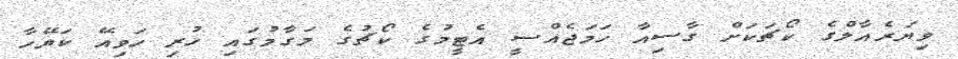
ވިޔަރެއާލްގެ ކޯޗަކަށް ގާސިއާ ހަމަޖެއްސީ އެޓީމުގެ ކޯޗުގެ މަގާމުގައި ހުރި ހަވިއޭ ކަޔޭހާ